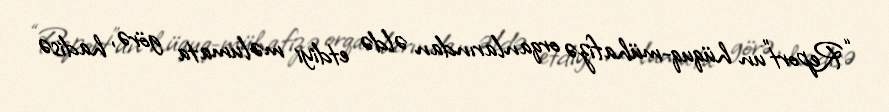
“Report”un hüquq-mühafizə orqanlarından əldə etdiyi məlumata görə, hadisə